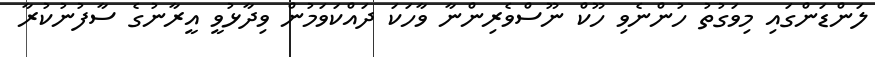
ލަންޑަންގައި މިވަގުތު ހުންނެވި ހޫކް ނޫސްވެރިންނާ ވާހަކަ ދައްކަވަމުން ވިދާޅުވީ އީރާނުގެ ސާފުނުކުރާ